Document type: Dowry acquittance
Year: 1427
Scribe: Pere Tarafa
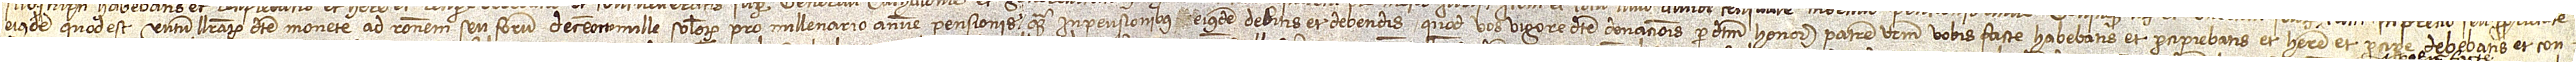
eiusdem, quod est centum librarum dicte monete, ad rationem seu forum decem octo mille solidorum pro millenario annue pensionis, quam in pensionibus eiusdem debitis et debendis, quod vos vigore dicte donacionis per dictum honorabilem patrem vestrum vobis facte habebatis et percipiebatis et habere et percipere debebatis et con-